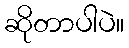
ဆိုတာပါပဲ။